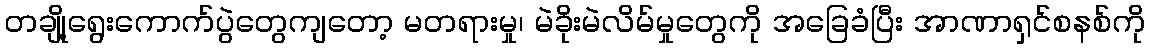
တချို့ရွေးကောက်ပွဲတွေကျတော့ မတရားမှု၊ မဲခိုးမဲလိမ်မှုတွေကို အခြေခံပြီး အာဏာရှင်စနစ်ကို